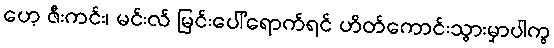
ဟေ့ ဇီးကင်း၊ မင်းလ် မြင်းပေါ်ရောက်ရင် ဟိတ်ကောင်းသွားမှာပါကွ